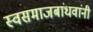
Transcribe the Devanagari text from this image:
स्वसमाजबांधवांनी